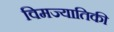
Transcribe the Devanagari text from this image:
विमज्यातिकी